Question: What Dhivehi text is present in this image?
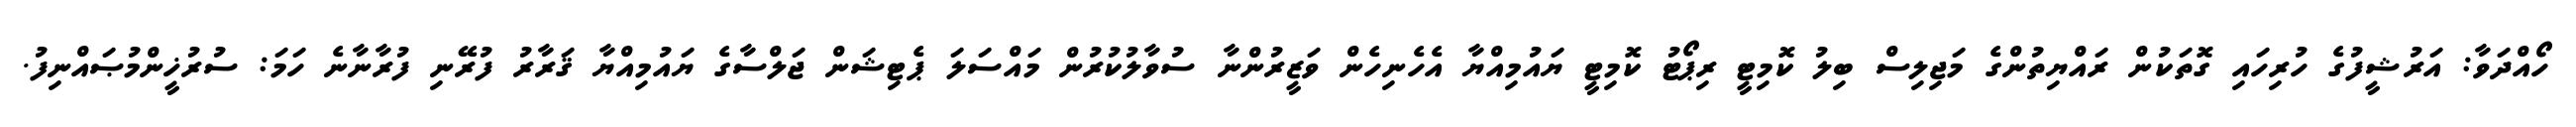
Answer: ހޯއްދަވާ: އަރުޝީފުގެ ހުރިހައި ގޮތަކުން ރައްޔިތުންގެ މަޖިލިސް ބިލު ކޮމިޓީ ރިޕޯޓު ކޮމިޓީ ޔައުމިއްޔާ އެހެނިހެން ވަޒީރުންނާ ސުވާލުކުރުން މައްސަލަ ޕެޓިޝަން ޖަލްސާގެ ޔައުމިއްޔާ ޤަރާރު ފުރޭނި ފުރާނާނެ ހަމަ: ސުރުޚީންމުޞައްނިފު.